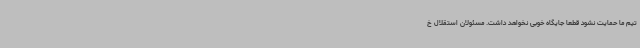
تیم ما حمایت نشود قطعا جایگاه خوبی نخواهد داشت. مسئولان استقلال خ